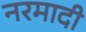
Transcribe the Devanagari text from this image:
नरमादी